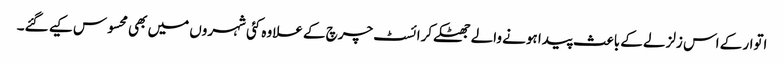
اتوار کے اس زلزلے کے باعث پیدا ہونے والے جھٹکے کرائسٹ چرچ کے علاوہ کئی شہروں میں بھی محسوس کیے گئے۔